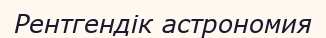
Рентгендік астрономия